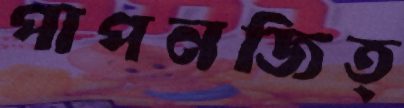
পাপনজিত্